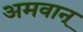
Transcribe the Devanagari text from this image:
अमवान्